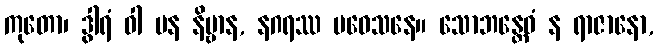
ကုတော၊ ဒွါရံ ဝါ ပန နိဗ္ဗာန, နဂရဿ ပဝေသနေ။ သောဘန္တေဝံ န ရာဇာနော,